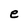
Character: e